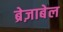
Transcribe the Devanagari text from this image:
ब्रेज़ाबेल